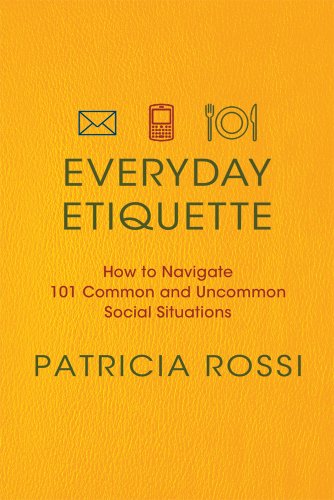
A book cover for Everyday Etiquette: How to Navigate 101 Common and Uncommon Social Situations; Patricia Rossi; Reference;